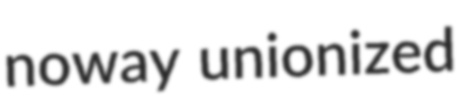
noway unionized